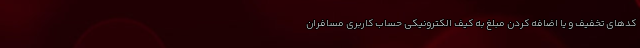
کدهای تخفیف و یا اضافه کردن مبلغ به کیف الکترونیکی حساب کاربری مسافران